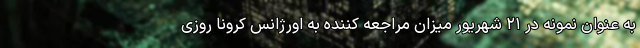
به عنوان نمونه در ۲۱ شهریور میزان مراجعه کننده به اورژانس کرونا روزی